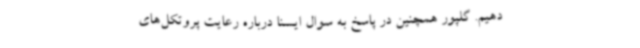
دهیم. گلپور همچنین در پاسخ به سوال ایسنا درباره رعایت پروتکل‌های